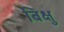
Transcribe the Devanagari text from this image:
बिक्षु